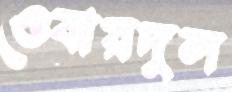
ওবায়দুল